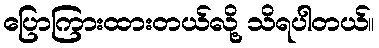
ပြောကြားထားတယ်လို့ သိရပါတယ်။